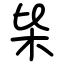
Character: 枈